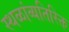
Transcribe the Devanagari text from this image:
स्थळांव्यतिरिक्त